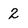
Character: 2